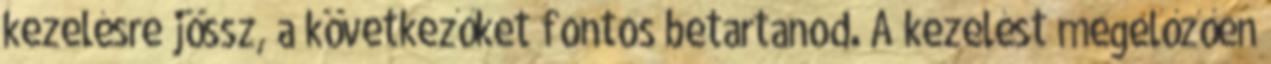
kezelésre jössz, a következőket fontos betartanod. A kezelést megelőzően